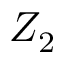
Z _ { 2 }